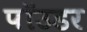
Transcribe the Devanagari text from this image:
पॉउडर